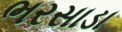
ભરસાડા